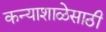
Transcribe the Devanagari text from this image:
कन्याशाळेसाठी